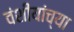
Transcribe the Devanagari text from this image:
वंशीयांच्या